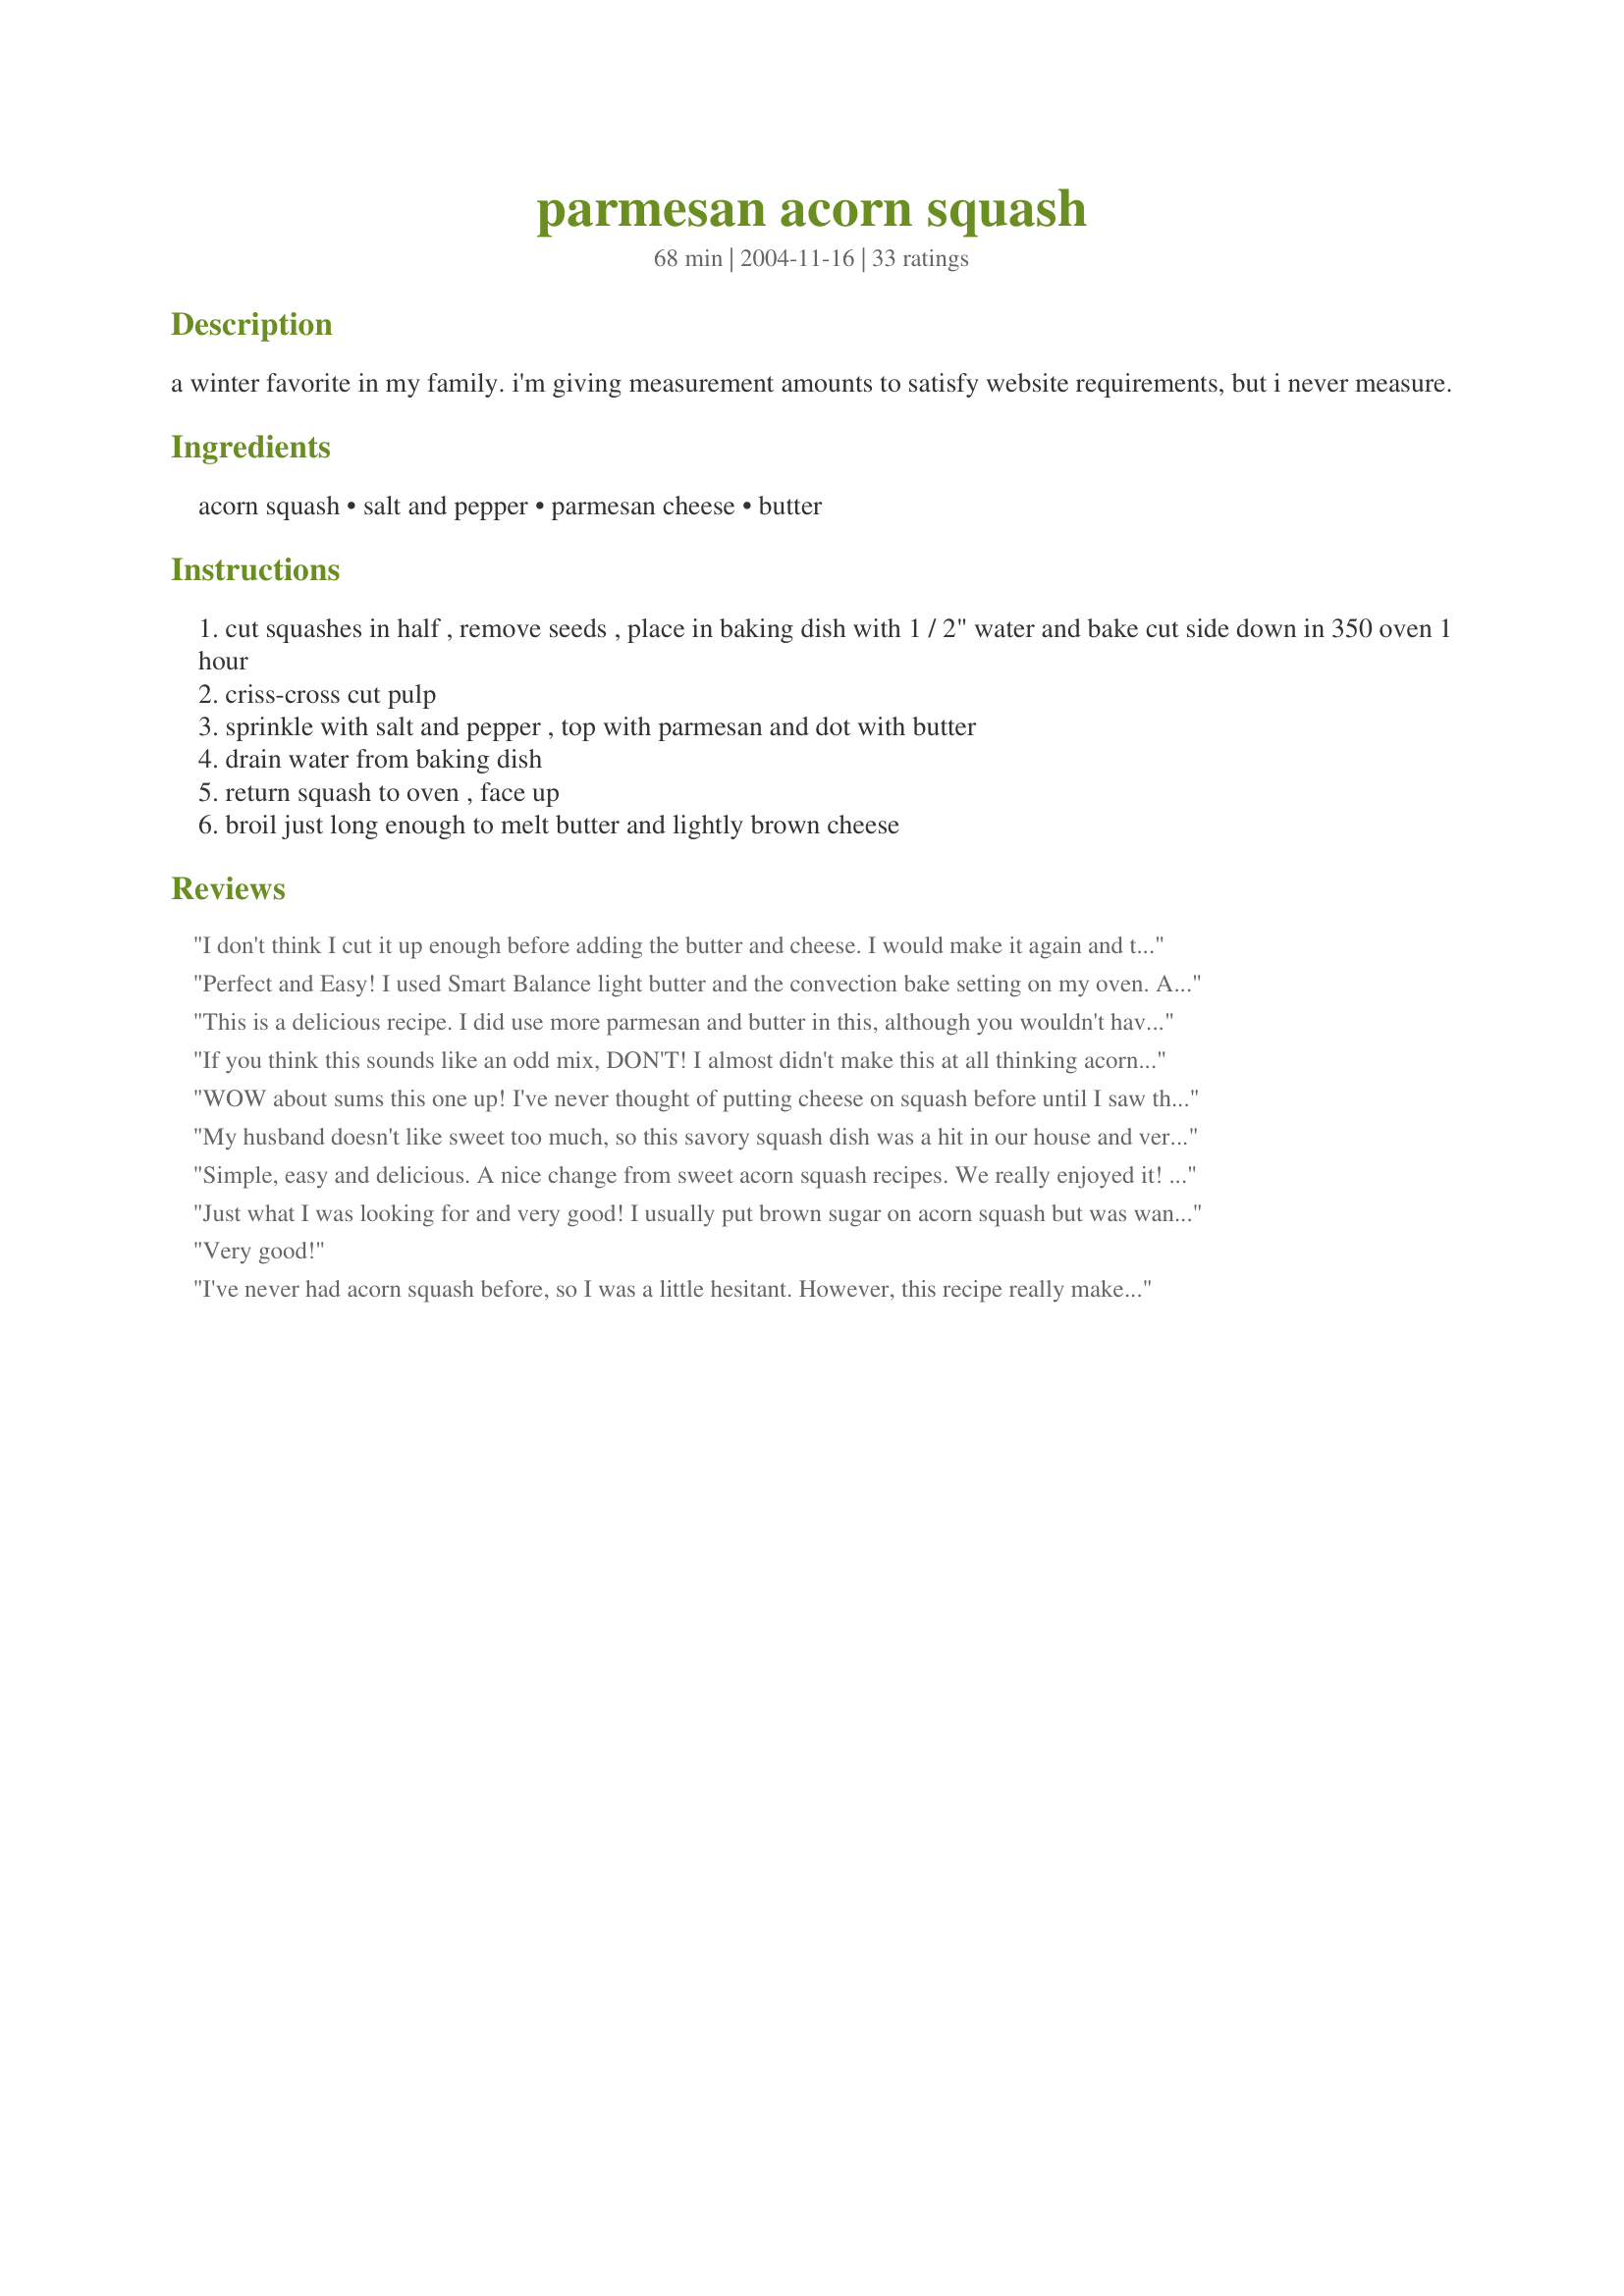
parmesan acorn squash
Preparation time: 68 minutes

a winter favorite in my family. i'm giving measurement amounts to satisfy website requirements, but i never measure.

Ingredients:
acorn squash, salt and pepper, parmesan cheese, butter

Steps:
cut squashes in half , remove seeds , place in baking dish with 1 / 2" water and bake cut side down in 350 oven 1 hour
criss-cross cut pulp
sprinkle with salt and pepper , top with parmesan and dot with butter
drain water from baking dish
return squash to oven , face up
broil just long enough to melt butter and lightly brown cheese

Reviews:
I don't think I cut it up enough before adding the butter and cheese. I would make it again and try to do that better. It was pretty good.
Perfect and Easy! I used Smart Balance light butter and the convection bake setting on my oven. A wonderful roasted treat. DH and I were even eating the peel! (Are you supposed to do that?!)
This is a delicious recipe. I did use more parmesan and butter in this, although you wouldn't have to. Great recipe! Thanks for posting.
If you think this sounds like an odd mix, DON'T! I almost didn't make this at all thinking acorn squash should be made sweet... I couldn't have been more wrong! Both myself and my DH took one bite and just were amazed at this flavor. Always on the hunt for new ways to prepare wholesome side dishes and this is a winner! Thanks !
WOW about sums this one up! I've never thought of putting cheese on squash before until I saw this recipe! I wasn't even skeptical after reading all these wonderful reviews of this recipe, I KNEW it was going to be great! Made as directed, and wouldn't change a thing. This will be my now GO TO way to make acorn squash, from now on! Thanks for posting such a yummy recipe echo. :)
My husband doesn't like sweet too much, so this savory squash dish was a hit in our house and very easy to prepare.
Simple, easy and delicious. A nice change from sweet acorn squash recipes. We really enjoyed it! Thanks, eebrag, for posting!
Just what I was looking for and very good! I usually put brown sugar on acorn squash but was wanting something that wasn't so sweet. This did the trick!
Very good!
I've never had acorn squash before, so I was a little hesitant. However, this recipe really makes it good...even my husband enjoyed it. I wanted a starchy dish that was not mashed potato. I think that calories wise, they are similar. My husband did think that panko crumbs on top during the broiling stage would've added to the dish. I microwaved the squash for 1 min initially to soften it up a bit before removing the seeds. I also set the oven for 400, so it only took 35 min to bake.
My husband really likes this recipe, I like it well enough but not something I'll crave.
So simple, but still my favorite way to prepare acorn squash. I dont know if its possible to make it any yummier. I literally was craving this again after I made it the last time!
Wow This is some good stuff! I cooked my squash in my convection oven for 40 minutes at 350 and then turned over for the broil.

It was wonderful :)

Thanks for posting!
I never thought of pairing acorn squash with Parmesan cheese, but it sure does work. What a wonderful and deliciousy different way to serve this veggie. Thanks so much for sharing this easy yummy recipe that I will definitely make again.
I really enjoyed the ease in preparation and flavor combination of the parmesan & squash. It's one I've never tried before, but really loved it! Typically, I prepare squash with a sweet, not savory addition. Thanks for posting!
I am so glad I picked your recipe for our first try at Acorn Squash. I looked at a lot of recipes, most of which had brown sugar and other spices, but I didn't want to cover up the taste of the squash to much, so we could get a good feel whether or not we liked it. We both totally enjoyed this and will be adding it to our winter time favorites. I made as directed except also added extra parmesan cheese, only because we love it.
Dh & I enjoyed this very much. Easy recipe to prepare. I plan on making this again. Thank you Echo!
I wanted something different for Thanksgiving and this fit the bill nicely. I nuked the squash, removed the pulp and add the butter and cheese. Everyone loved it. This is going on my everyday list. Thanks for sharing.
This was very easy to make and tasted great. This was my first taste of an acord squash.
This is a very delicious way to fix acorn squash. I baked the squash in the nicrowave which worked great. Made 1 acorn squash for the 2 of us. Then added the butter and Parmesan cheese after criss-cross cutting the pulp. I did use more parmesan cheese than the recipe called for, yummy. Thank you so much for posting the recipe.
Very tasty and easy. I used shredded parmesan cheese and it worked fine. Had to cook 15 minutes longer than the recipe called for.
this was SO YUMMY!! my dad has only ever had acorn squash with brown sugar and he was a little untrusting when it came to putting cheese on it!! so i made half with the brown sugar like usual and half with this recipe... just in case. he only ate the cheese side and said that it was even better than the other!! great idea great recipe!
I made this for Christmas dinner. It was very good. I made sweet potatoes and wanted a savory recipe for the squash, this was it. I ended up mixing/mashing everything together like mashed potatoes and baking it. It was very good. I will make it again.
I liked this. I've gotten tired of sweet squash recipes. I cut the butter and cheese down so a half-squash serving was under 200 calories and very filling. I scraped mine all out and broiled it in a baking pan with panko crumbs on top.
This was good, but I wasn't as impressed with the flavor as everyone else seems to be...it was ok.
Oh this is a keeper for sure!! I love acorn squash, but wanted a different type of acorn squash.. something less sweet.. more on the savory side.. this fits the bill for sure! Like other commented.. I did use more parmesan cheese (just a preference)... <br/>tonight I made this with oven baked pork chops<br/>sauteed spinach with garlic and lemon..<br/>this was very good.. a gotta try for sure!<br/>I have found yet another wonderful way to enjoy this squash.. thank u sooo much Echo for posting this..
I love acorn squash and I prefer it made without sugar or sweet ingredients, so I knew I'd love this. I made this just as written and thought it was fantastic. Could be much easier, too. I could just eat this by itself for a snack. Thanx for sharing!
We (the adults) enjoyed this! My kids wouldn't try it though-their loss. I made a chicken dish that was a bit sweet, so I wanted a recipe for squash that wasn't so sweet. This was perfect. The method for cooking the squash was nice and easy! It went in the oven when the chicken went in. I will be making this again. Thanks!
This is delicious! The minimal amount of cheese adds so much flavor. The recipe is easily reduced and there is minimal prep. My squash was done in 45 minutes.
This is a really nice change to the way I usually prepare acorn squash with brown sugar...loved the savory taste and will make this again!
The teen grumbles at every vegetable he gets served, even ones he doesn't mind. I was braced for it this time, but he actually LIKED it! I thought it was okay and would have given it a 4, but since he ate a whole half without complaining, I'm giving it the whole 5 stars. Yippee for getting a teenage boy to eat squash!
Delicious! I've made this several times now and just realized I've never left a review.... As a child, squash was my least favorite vegetable but I decided as a grown up I should give it another chance. Glad I did! We love this recipe.
I love acorn squash but my husband doesn't like anything sweet so doesn't care for the usual preparation of it. I finally convinced him to try this and even he agreed, soooo good!
